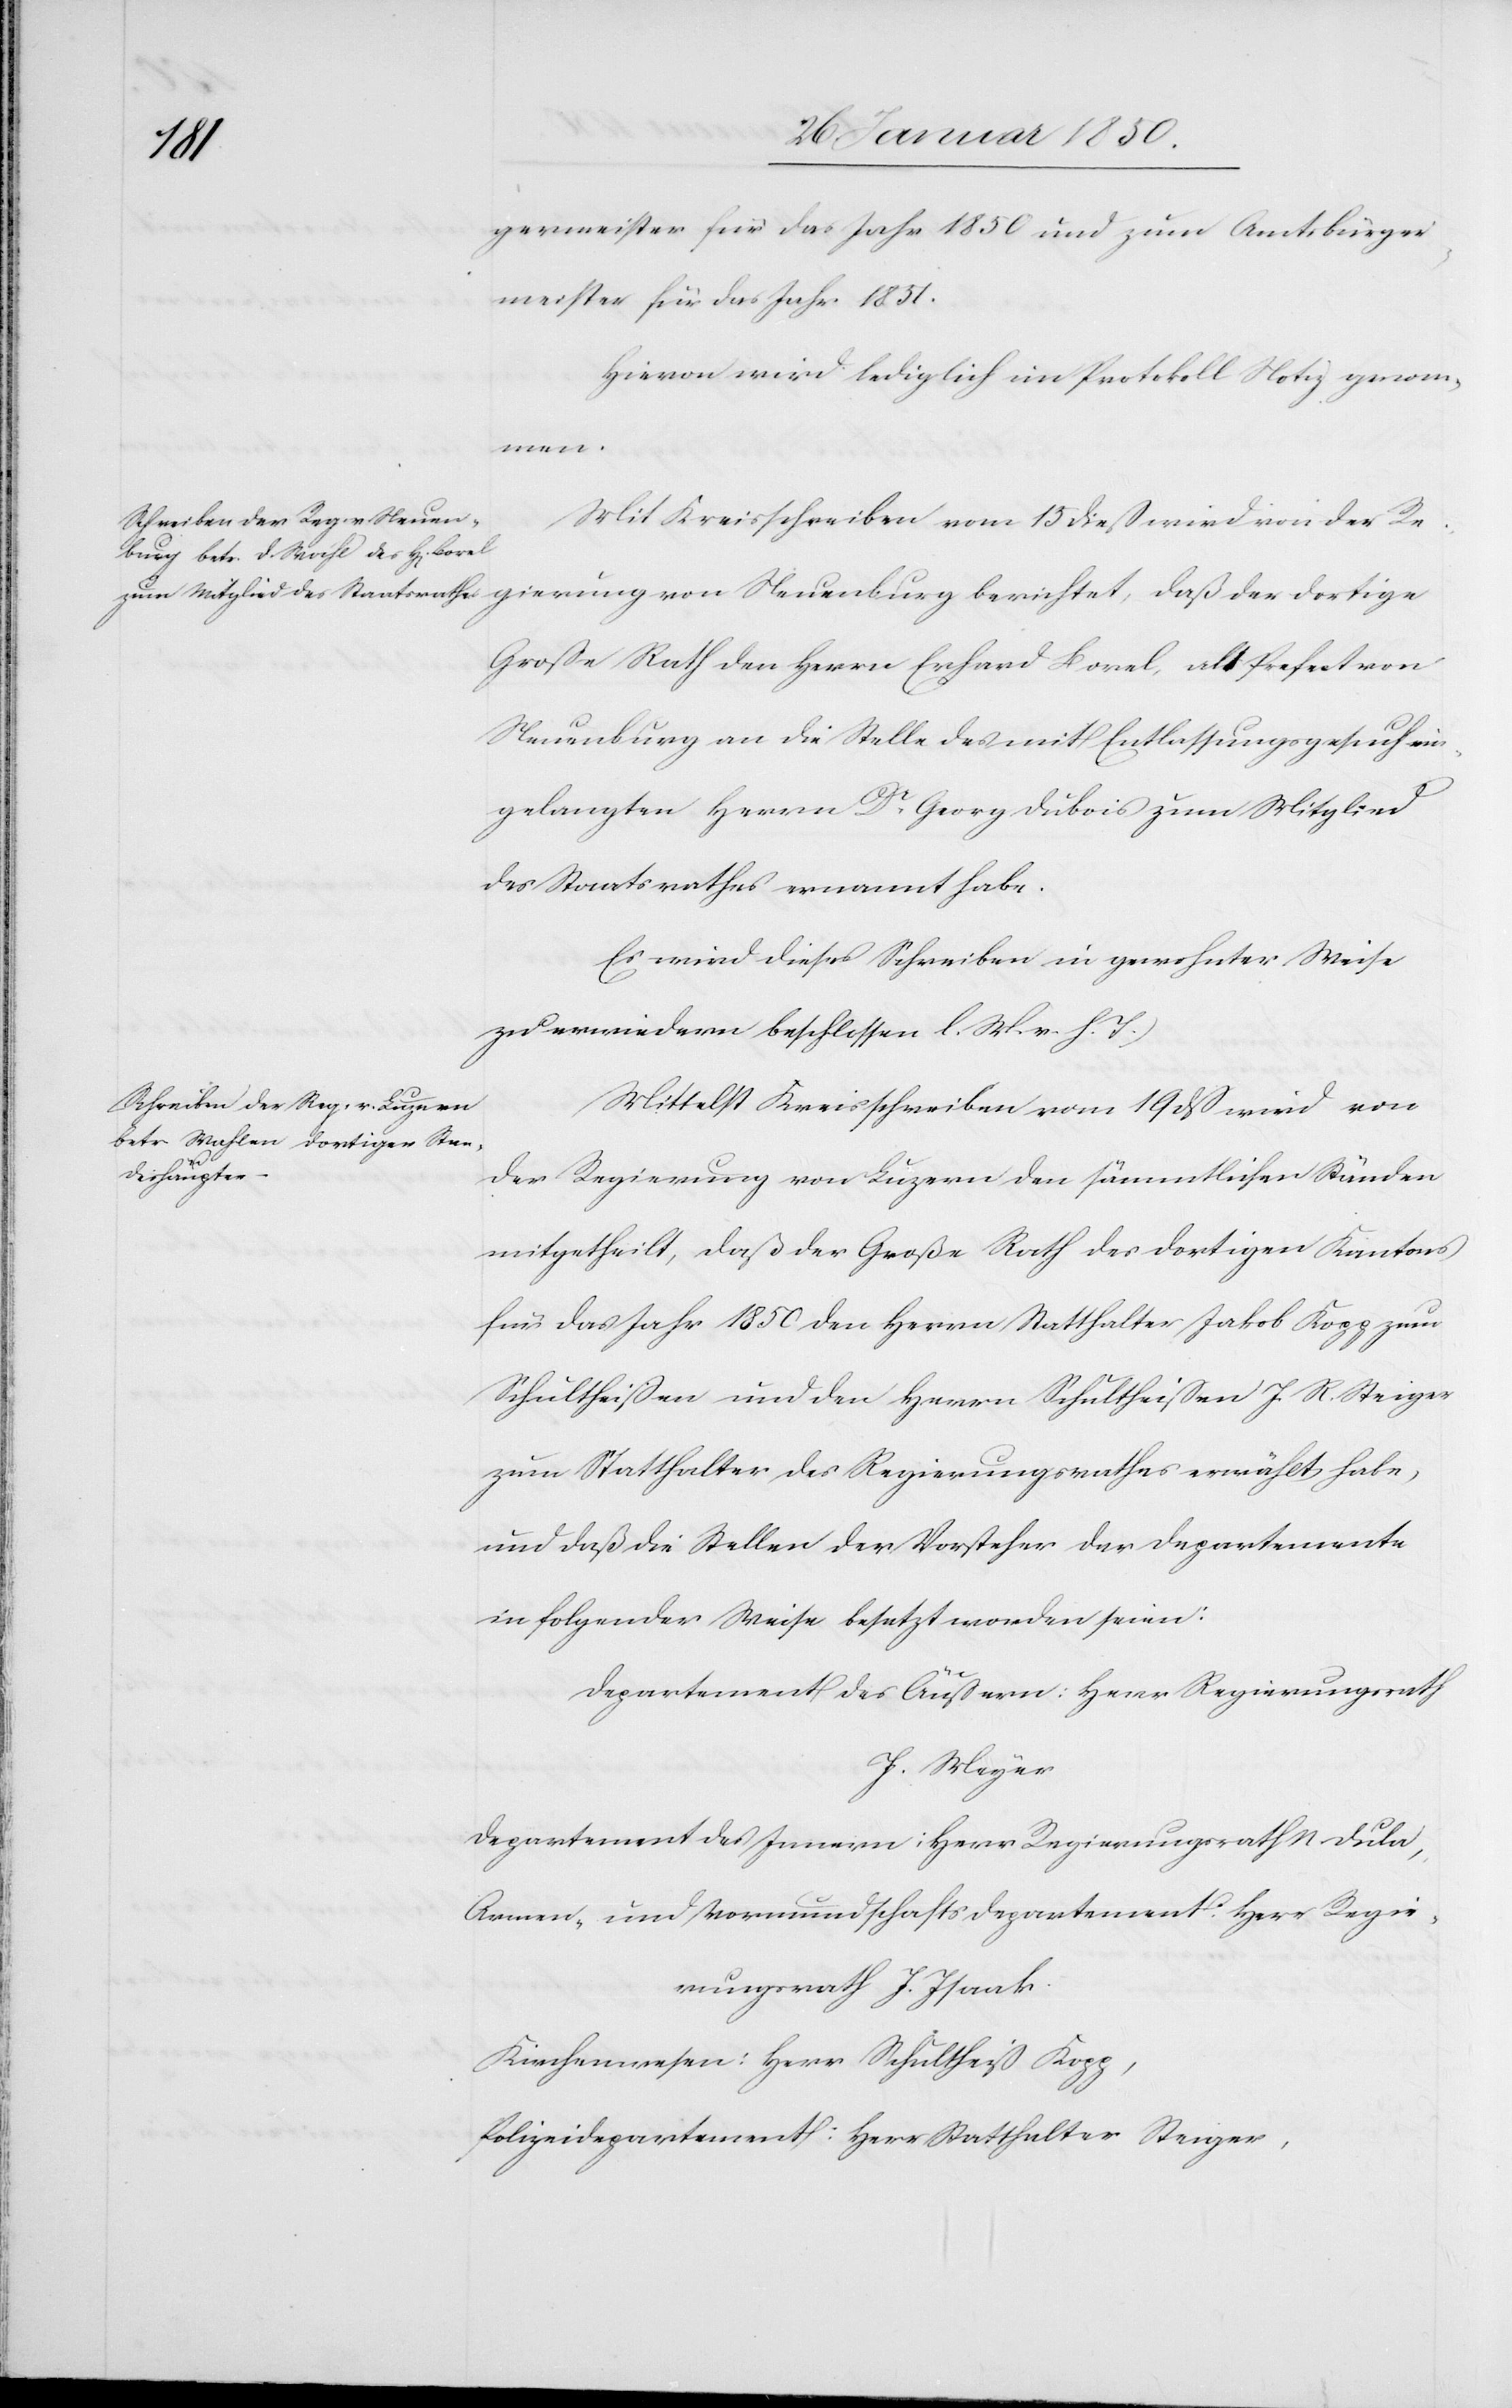
gerrmeister für das Jahr 1850 und zum Amtsbürger¬
meister für das Jahr 1851.
Hievon wird lediglich im Protokoll Notiz genom¬
men.
Mit Kreisschreiben vom 15 dieß wird von der Re¬
gierung von Neuenburg berichtet, daß der dortige
Große Rath den Herrn Erhard Borel, alt Prefect von
Neuenburg an die Stelle des mit Entlassungsgesuch ein¬
gelangten Herrn Dr Georg Dubois zum Mitglied
des Staatsrathes ernannt habe.
Es wird dieses Schreiben in gewohnter Weise
zu erwiedern beschlossen [(]l. M. v. h. T.)
Mittelst Kreisschreiben vom 19 dß wird von
der Regierung von Luzern den sämmtlichen Ständen
mitgetheilt, daß der Große Rath des dortigen Kantons
für das Jahr 1850 den Herrn Statthalter Jakob Kopp zum
Schultheißen und den Herrn Schultheißen J. R. Steiger
zum Statthalter des Regierungsrathes erwählt habe,
und daß die Stellen der Vorsteher der Departemente
in folgender Weise besetzt worden seien:
Departement des Innern : Herr Regierungsrath N Dula,
Armen- und Vormundschaftsdepartement: Herr Regie¬
rungsrath J. Isaak.
Kirchenwesen: Herr Schultheiß Kopp,
Polizeidepartement: Herr Statthalter Steiger,